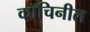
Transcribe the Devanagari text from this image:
कॉचिनील